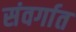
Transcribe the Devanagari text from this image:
संवर्गात